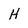
Character: H